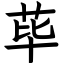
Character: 荜